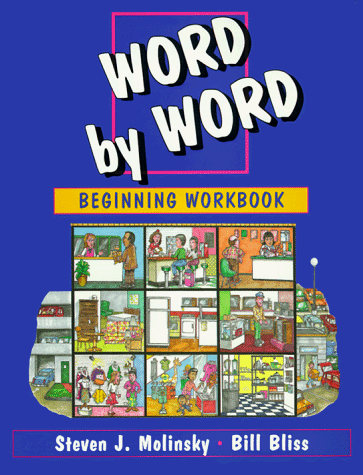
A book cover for Word by Word Picture Dictionary Beginning Workbook; Steven J. Molinsky; Reference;